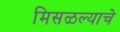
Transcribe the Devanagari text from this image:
मिसळल्याचे